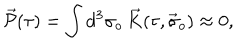
LaTeX: \vec { \cal P } ( \tau ) = \int d ^ { 3 } \sigma _ { o } \, \vec { K } ( \tau , \vec { \sigma } _ { o } ) \approx 0 ,